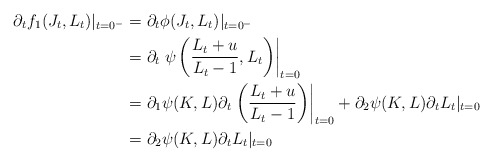
\begin{align*}\partial_tf_1(J_t,L_t)|_{t=0^-}&=\partial_t\phi(J_t,L_t)|_{t=0^-}\\&=\partial_t\left.\psi\left(\frac{L_t+u}{L_t-1},L_t\right)\right|_{t=0}\\&=\partial_1\psi(K,L)\partial_t\left. \left(\frac{L_t+u}{L_t-1}\right)\right|_{t=0}+\partial_2\psi(K,L)\partial_t L_t|_{t=0}\\&=\partial_2\psi(K,L)\partial_t L_t|_{t=0}\end{align*}